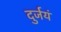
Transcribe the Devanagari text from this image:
दुर्जयं